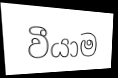
වීයාම